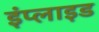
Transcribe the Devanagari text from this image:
इंप्लाइड